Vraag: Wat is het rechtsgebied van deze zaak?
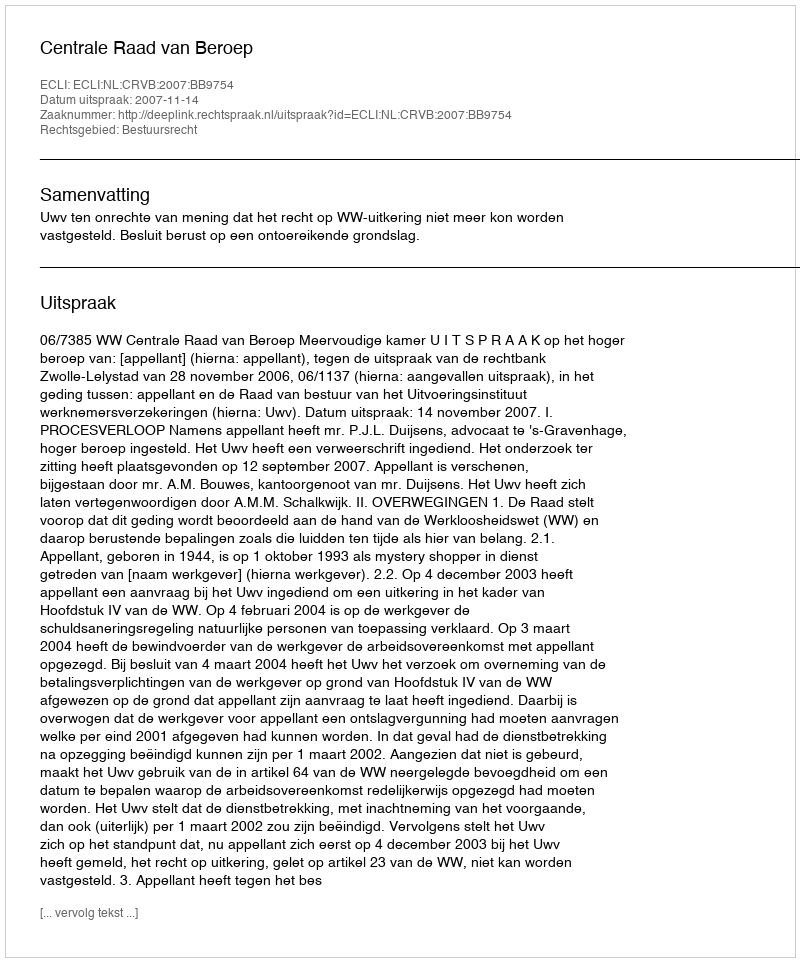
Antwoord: Bestuursrecht